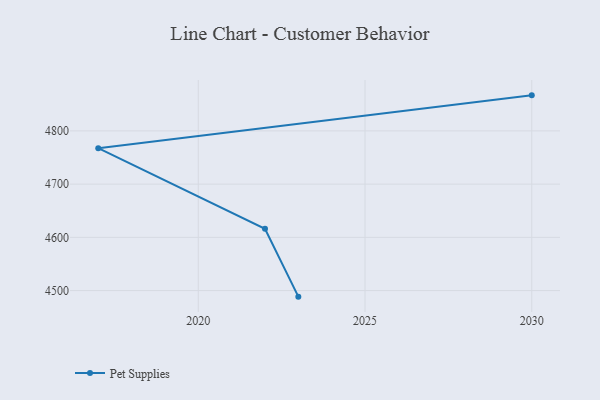
{"axis": {"x": "Year", "y": "Churn Rate (%)"}, "legend": ["Pet Supplies"], "data": [{"x": "2030", "y": 4866.8, "type": "Pet Supplies"}, {"x": "2017", "y": 4767.5, "type": "Pet Supplies"}, {"x": "2022", "y": 4616.2, "type": "Pet Supplies"}, {"x": "2023", "y": 4488.6, "type": "Pet Supplies"}]}